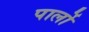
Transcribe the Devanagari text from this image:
पार्लो